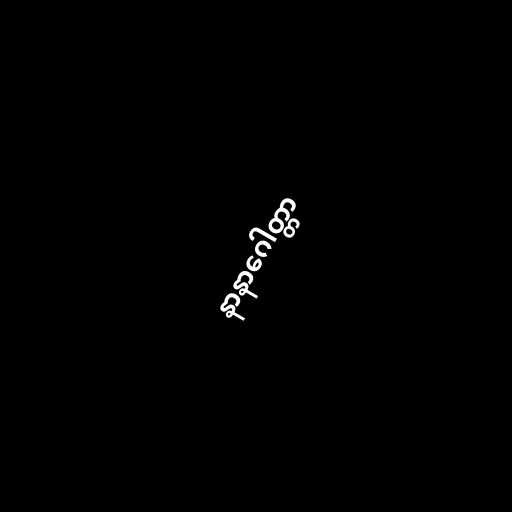
နာနာဂေါတ္တာ